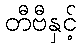
တီဗီနှင့်